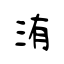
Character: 洧